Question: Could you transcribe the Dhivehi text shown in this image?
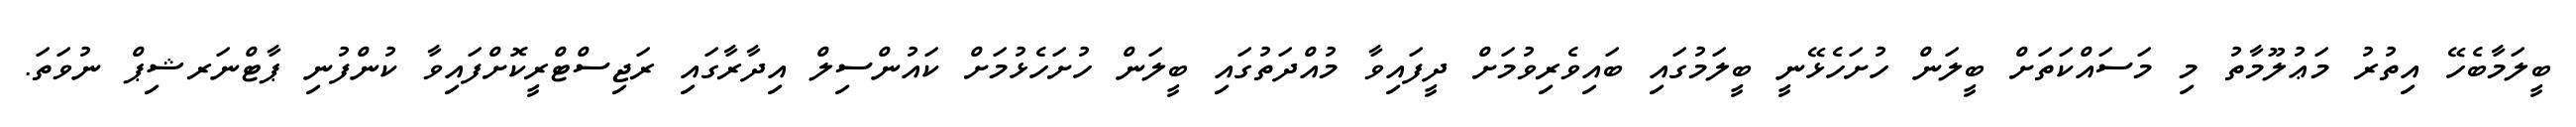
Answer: ބީލަމާބެހޭ އިތުރު މަޢުލޫމާތު މި މަސައްކަތަށް ބީލަން ހުށަހެޅޭނީ ބީލަމުގައި ބައިވެރިވުމަށް ދީފައިވާ މުއްދަތުގައި ބީލަން ހުށަހެޅުމަށް ކައުންސިލް އިދާރާގައި ރަޖިސްޓްރީކޮށްފައިވާ ކުންފުނި ޕާޓްނަރޝިޕް ނުވަތަ.